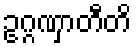
ဥဂ္ဂဏှာတီတိ